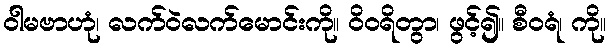
ဝါမဗာဟုံ၊ လက်ဝဲလက်မောင်းကို။ ဝိဝရိတွာ၊ ဖွင့်၍။ စီဝရံ၊ ကို။